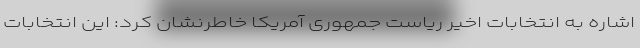
اشاره به انتخابات اخیر ریاست جمهوری آمریکا خاطرنشان کرد: این انتخابات